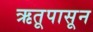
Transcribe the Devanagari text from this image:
ऋतूपासून